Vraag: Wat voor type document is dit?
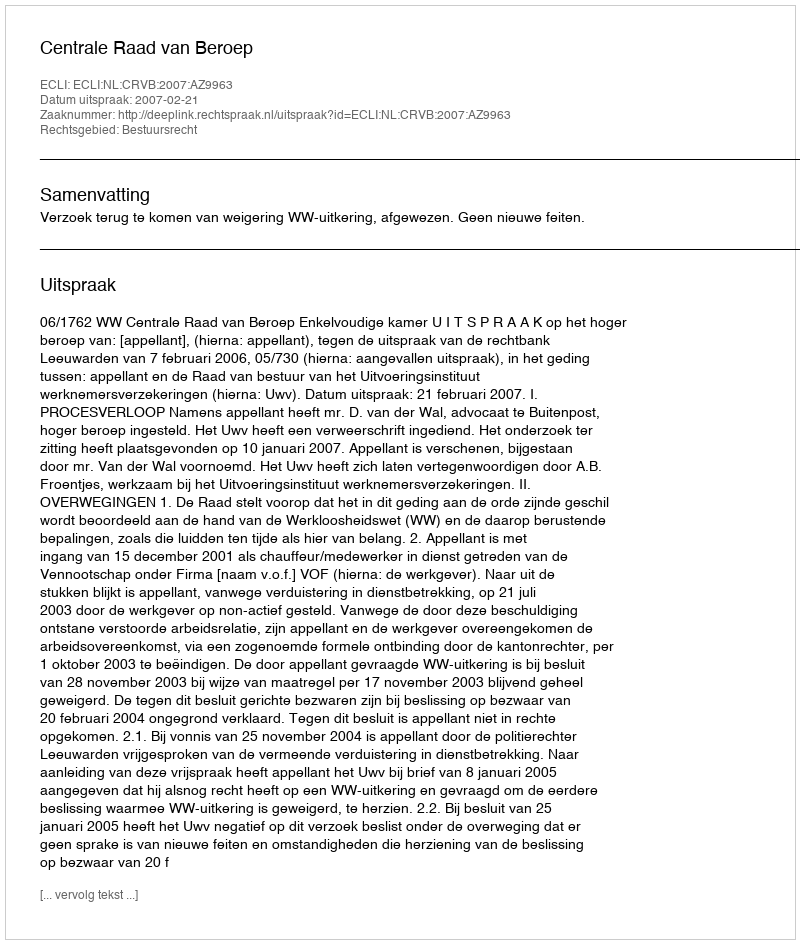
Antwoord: Uitspraak